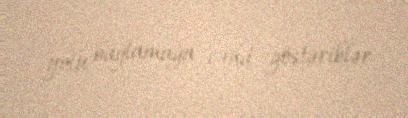
yolu bağlamağa cəhd göstəriblər.